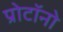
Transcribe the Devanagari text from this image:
प्रोटॉनो